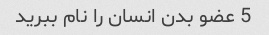
5 عضو بدن انسان را نام ببرید